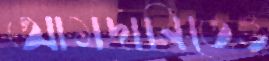
আমদানিতেও